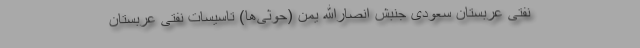
نفتی عربستان سعودی جنبش انصارالله یمن (حوثی‌ها) تاسیسات نفتی عربستان